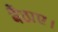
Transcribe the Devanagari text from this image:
बैठाए।